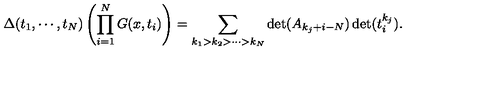
\Delta ( t _ { 1 } , \cdots , t _ { N } ) \left( \prod _ { i = 1 } ^ { N } G ( x , t _ { i } ) \right) = \sum _ { k _ { 1 } > k _ { 2 } > \cdots > k _ { N } } \det ( A _ { k _ { j } + i - N } ) \det ( t _ { i } ^ { k _ { j } } ) .